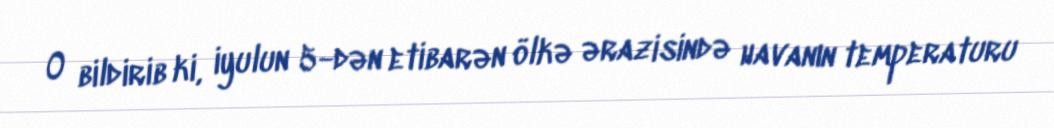
O bildirib ki, iyulun 5-dən etibarən ölkə ərazisində havanın temperaturu